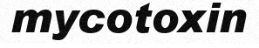
mycotoxin